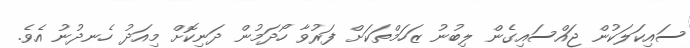
ސައިކަލަކުން ޖައްސައިގެން ލިބުނު ޒަހަމްތަކަށް ފަރުވާ ހޯދަމުން ދަނިކޮށް މިއަދު ހެނދުނު އެވެ.